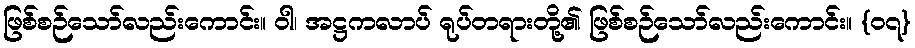
ဖြစ်စဉ်သော်လည်းကောင်း။ ဝါ၊ အဋ္ဌကလာပ် ရုပ်တရားတို့၏ ဖြစ်စဉ်သော်လည်းကောင်း။ {၀၇}